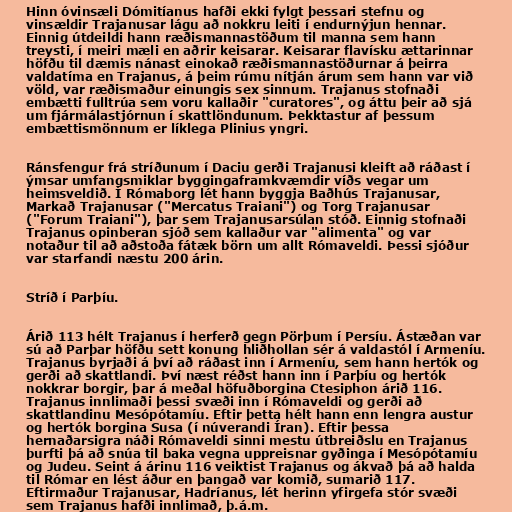
Hinn óvinsæli Dómitíanus hafði ekki fylgt þessari stefnu og
vinsældir Trajanusar lágu að nokkru leiti í endurnýjun hennar.
Einnig útdeildi hann ræðismannastöðum til manna sem hann
treysti, í meiri mæli en aðrir keisarar. Keisarar flavísku ættarinnar
höfðu til dæmis nánast einokað ræðismannastöðurnar á þeirra
valdatíma en Trajanus, á þeim rúmu nítján árum sem hann var við
völd, var ræðismaður einungis sex sinnum. Trajanus stofnaði
embætti fulltrúa sem voru kallaðir "curatores", og áttu þeir að sjá
um fjármálastjórnun í skattlöndunum. Þekktastur af þessum
embættismönnum er líklega Plinius yngri.

Ránsfengur frá stríðunum í Daciu gerði Trajanusi kleift að ráðast í
ýmsar umfangsmiklar byggingaframkvæmdir víðs vegar um
heimsveldið. Í Rómaborg lét hann byggja Baðhús Trajanusar,
Markað Trajanusar ("Mercatus Traiani") og Torg Trajanusar
("Forum Traiani"), þar sem Trajanusarsúlan stóð. Einnig stofnaði
Trajanus opinberan sjóð sem kallaður var "alimenta" og var
notaður til að aðstoða fátæk börn um allt Rómaveldi. Þessi sjóður
var starfandi næstu 200 árin.

Stríð í Parþíu.

Árið 113 hélt Trajanus í herferð gegn Pörþum í Persíu. Ástæðan var
sú að Parþar höfðu sett konung hliðhollan sér á valdastól í Armeníu.
Trajanus byrjaði á því að ráðast inn í Armeníu, sem hann hertók og
gerði að skattlandi. Því næst réðst hann inn í Parþíu og hertók
nokkrar borgir, þar á meðal höfuðborgina Ctesiphon árið 116.
Trajanus innlimaði þessi svæði inn í Rómaveldi og gerði að
skattlandinu Mesópótamíu. Eftir þetta hélt hann enn lengra austur
og hertók borgina Susa (í núverandi Íran). Eftir þessa
hernaðarsigra náði Rómaveldi sinni mestu útbreiðslu en Trajanus
þurfti þá að snúa til baka vegna uppreisnar gyðinga í Mesópótamíu
og Judeu. Seint á árinu 116 veiktist Trajanus og ákvað þá að halda
til Rómar en lést áður en þangað var komið, sumarið 117.
Eftirmaður Trajanusar, Hadríanus, lét herinn yfirgefa stór svæði
sem Trajanus hafði innlimað, þ.á.m.